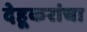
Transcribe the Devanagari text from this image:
देहूकरांचा